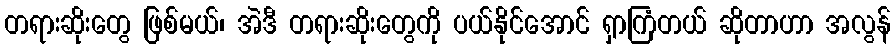
တရားဆိုးတွေ ဖြစ်မယ်၊ အဲဒီ တရားဆိုးတွေကို ပယ်နိုင်အောင် ရှာကြံတယ် ဆိုတာဟာ အလွန်